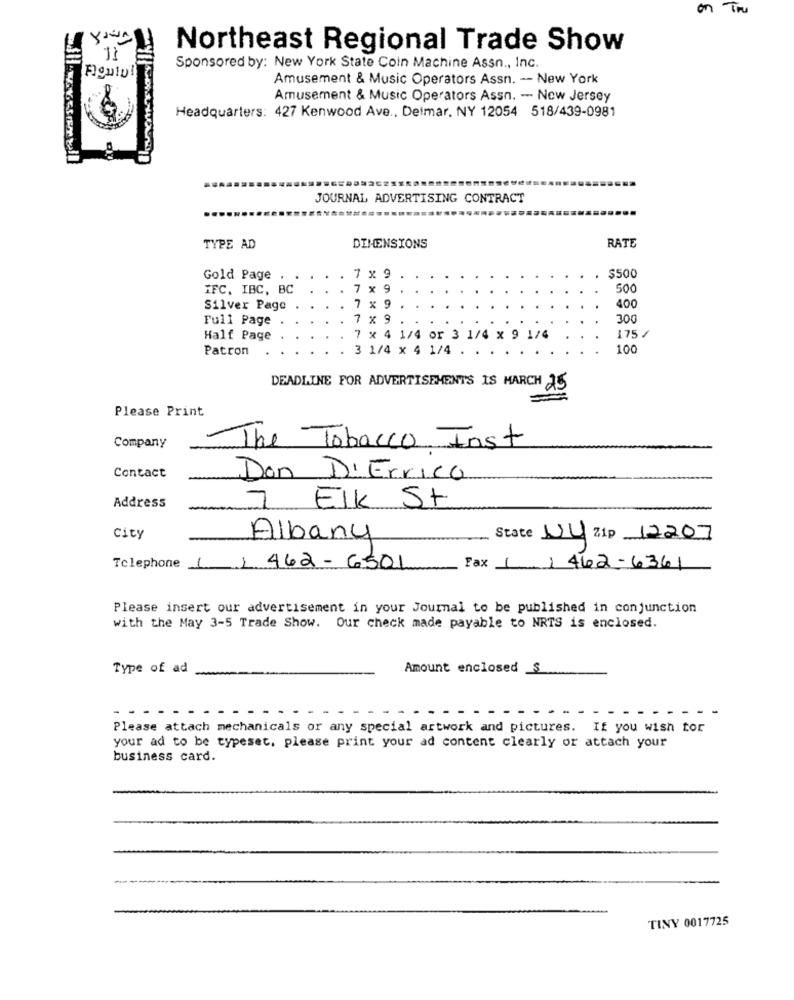
on The
Your
Northeast Regional Trade Show
Figuto!
Sponsored by: New York State Coin Machine Assn ., Inc.
Amusement & Music Operators Assn. -- New York
Amusement & Music Operators Assn. - New Jersey
Headquarters: 427 Kenwood Ave ., Delmar, NY 12054 518/439-0981
JOURNAL ADVERTISING CONTRACT
TYPE AD
DIMENSIONS
RATE
Gold Page
7 x 9
$500
IFC. IBC, BC
7 x 9
500
Silver Page
7 x 9
400
Full Page
7 x 9
300
Half Page
7 x 4 1/4 or 3 1/4 x 9 1/4
175 /
Patron
3 1/4 x 4 1/4 .
100
DEADLINE FOR ADVERTISEMENTS IS MARCH AS
Please Print
Company
The Tobacco Inst
Contact
Don D'Errico
Address
7 Elk St
city
Albany
State Ny Zip 12207
Telephone () 462- 6501
Fax () 462-6361
Please insert our advertisement in your Journal to be published in conjunction
with the May 3-5 Trade Show. Our check made payable to NRTS is enclosed.
Type of ad
Amount enclosed _$
- -
Please attach mechanicals or any special artwork and pictures. If you wish tor
your ad to be typeset, please print your ad content clearly or attach your
business card.
TINY 0017725